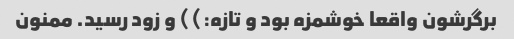
برگرشون واقعا خوشمزه بود و تازه:)) و زود رسید. ممنون